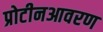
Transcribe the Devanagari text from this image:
प्रोटीनआवरण